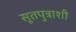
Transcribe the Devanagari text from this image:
सूतपुत्राशी